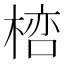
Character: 𣖞